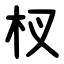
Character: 杈